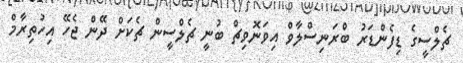
ޗެލްސީގެ ޑިފެންޑަރު ބްރަނިސްލާވް އިވަނޮވިޗް ބުނީ ޗެލްސީން ޗެކަށް ދޭން ޖެހޭ އިހުތިރާމް